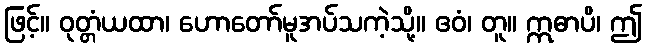
ဖြင့်။ ဝုတ္တံယထာ၊ ဟောတော်မူအပ်သကဲ့သို့။ ဧဝံ၊ တူ။ ဣဓာပိ၊ ဤ